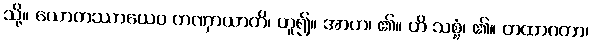
သို့။ ယောတဿာယေဝ တဏှာယာတိ၊ ဟူ၍။ အာဟ၊ ၏။ ဟိ သစ္စံ၊ ၏။ တထာဂတာ၊